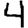
Digit: 4